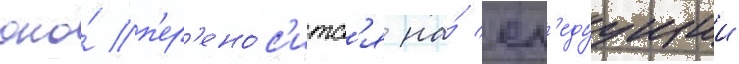
оно́ п'ер'ено́с'итс'я на́ сл'едуущии